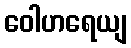
ဝေါဟရေယျ